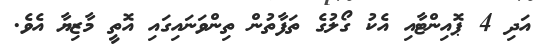
އަދި 4 ޕޮއިންޓާއި އެކު ގޯލުގެ ތަފާތުން ތިންވަނައިގައި އޮތީ މާޒިޔާ އެވެ.